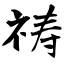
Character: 祷